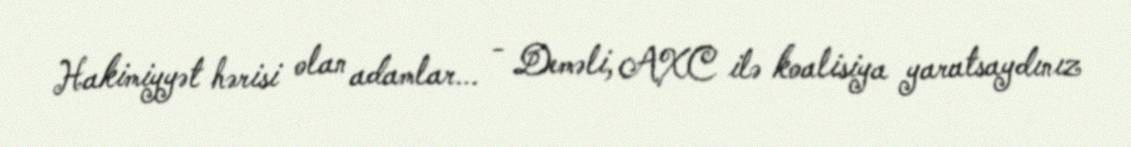
Hakimiyyət hərisi olan adamlar... - Deməli, AXC ilə koalisiya yaratsaydınız